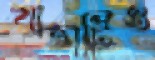
খাতাটিও